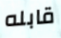
قابله